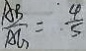
\frac { A B } { A G } = \frac { 4 } { 5 }